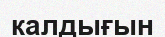
калдығын